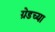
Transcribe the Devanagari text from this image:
ग्रेडच्या